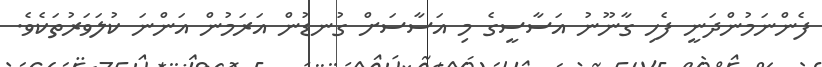
ފެންނަމުންދަނީ ފެހި ގާނޫނު އަސާސީގެ މި އަސާސަށް ގުނޑުން އަރަމުން އަންނަ ކުލަވަރުތަކެވެ.